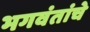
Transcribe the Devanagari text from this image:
भगवंतांचे